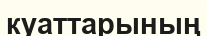
куаттарының